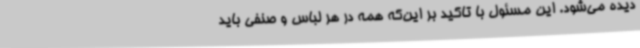
دیده می‌شود. این مسئول با تاکید بر این‌که همه در هر لباس و صنفی باید